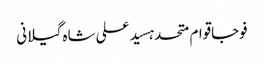
فوجاقوام متحدہسید علی شاہ گیلانی